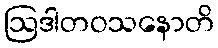
ဩဒါတဝသနောတိ